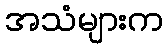
အသံများက